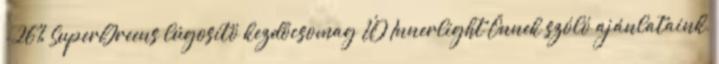
-26% SuperGreens lúgosító kezdőcsomag ÚJ Innerlight Önnek szóló ajánlataink,